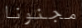
مجنونا